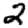
Digit: 2